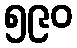
၅၉၀